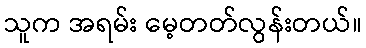
သူက အရမ်း မေ့တတ်လွန်းတယ်။